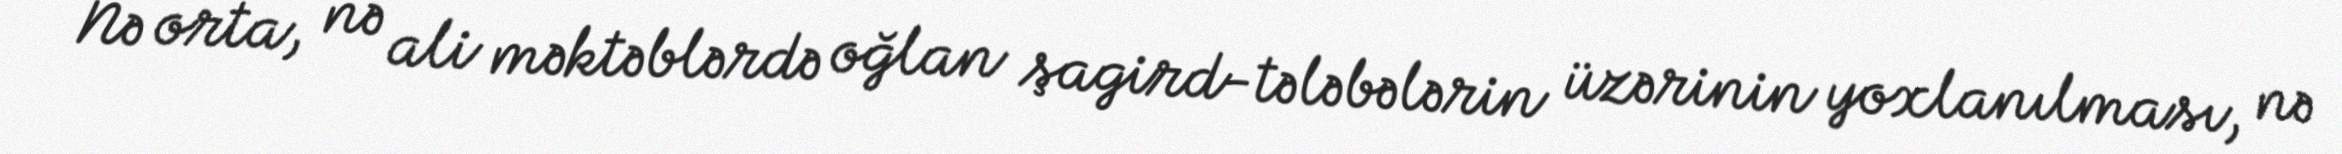
Nə orta, nə ali məktəblərdə oğlan şagird-tələbələrin üzərinin yoxlanılması, nə